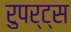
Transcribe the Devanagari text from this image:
रुपर्ट्स